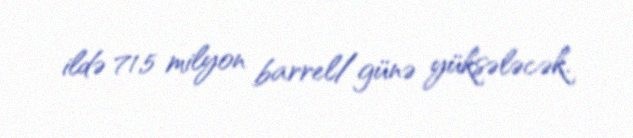
ildə 71,5 milyon barrel/günə yüksələcək.